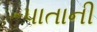
પાતાની